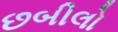
છબીલો